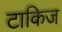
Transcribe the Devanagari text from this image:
टाकिज